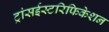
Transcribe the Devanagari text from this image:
ट्रांसईस्टरिफिकेशन